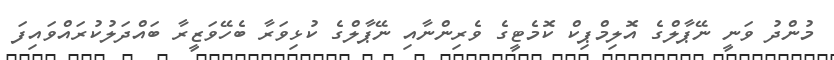
މުންދު ވަނީ ނޭޕާލްގެ އޮލިމްޕިކް ކޮމެޓީގެ ވެރިންނާއި ނޭޕާލްގެ ކުޅިވަރާ ބެހޭވަޒީރާ ބައްދަލުކުރައްވައިފަ